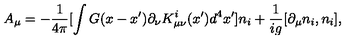
A _ { \mu } = - \frac 1 { 4 \pi } [ \int G ( x - x ^ { \prime } ) \partial _ { \nu } K _ { \mu \nu } ^ { i } ( x ^ { \prime } ) d ^ { 4 } x ^ { \prime } ] n _ { i } + \frac 1 { i g } [ \partial _ { \mu } n _ { i } , n _ { i } ] ,